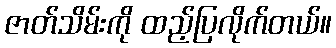
ဇာတ်သိမ်းကို ထည့်ပြလိုက်တယ်။